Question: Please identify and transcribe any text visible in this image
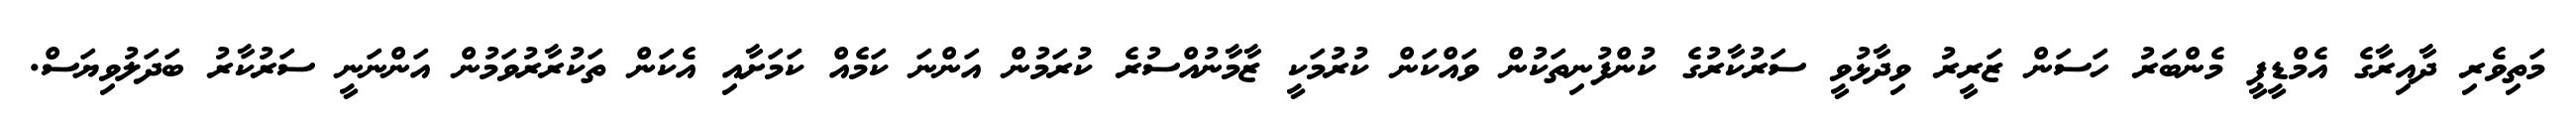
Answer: މަތިވެރި ދާއިރާގެ އެމްޑީޕީ މެންބަރު ހަސަން ޒަރީރު ވިދާޅުވީ ސަރުކާރުގެ ކުންފުނިތަކުން ވައްކަން ކުރުމަކީ ޒާމާނުއްސުރެ ކުރަމުން އަންނަ ކަމެއް ކަމަށާއި އެކަން ތަކުރާރުވަމުން އަންނަނީ ސަރުކާރު ބަދަލުވިޔަސް.